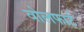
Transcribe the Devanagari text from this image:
वोलफार्ट